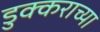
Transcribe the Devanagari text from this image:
डुक्कराच्या